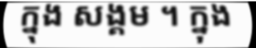
ក្នុង សង្គម ។ ក្នុង